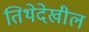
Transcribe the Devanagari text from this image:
तिथेदेखील